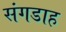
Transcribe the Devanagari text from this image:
संगडाह